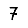
Digit: 7